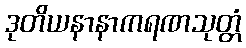
ဒုတိယနာနာကရဏသုတ္တံ